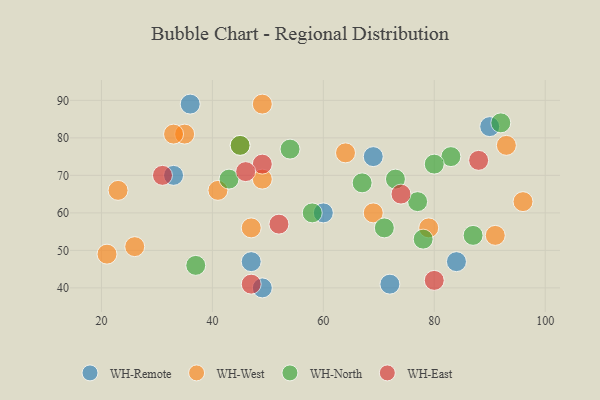
{"axis": {"x": "GDP", "y": "Life Expectancy"}, "legend": ["WH-East", "WH-North", "WH-Remote", "WH-West"], "data": [{"x": "69", "y": 75, "type": "WH-Remote"}, {"x": "36", "y": 89, "type": "WH-Remote"}, {"x": "33", "y": 70, "type": "WH-Remote"}, {"x": "90", "y": 83, "type": "WH-Remote"}, {"x": "60", "y": 60, "type": "WH-Remote"}, {"x": "72", "y": 41, "type": "WH-Remote"}, {"x": "49", "y": 40, "type": "WH-Remote"}, {"x": "47", "y": 47, "type": "WH-Remote"}, {"x": "84", "y": 47, "type": "WH-Remote"}, {"x": "96", "y": 63, "type": "WH-West"}, {"x": "35", "y": 81, "type": "WH-West"}, {"x": "47", "y": 56, "type": "WH-West"}, {"x": "49", "y": 69, "type": "WH-West"}, {"x": "23", "y": 66, "type": "WH-West"}, {"x": "69", "y": 60, "type": "WH-West"}, {"x": "64", "y": 76, "type": "WH-West"}, {"x": "21", "y": 49, "type": "WH-West"}, {"x": "33", "y": 81, "type": "WH-West"}, {"x": "93", "y": 78, "type": "WH-West"}, {"x": "49", "y": 89, "type": "WH-West"}, {"x": "91", "y": 54, "type": "WH-West"}, {"x": "26", "y": 51, "type": "WH-West"}, {"x": "41", "y": 66, "type": "WH-West"}, {"x": "45", "y": 78, "type": "WH-West"}, {"x": "79", "y": 56, "type": "WH-West"}, {"x": "73", "y": 69, "type": "WH-North"}, {"x": "54", "y": 77, "type": "WH-North"}, {"x": "37", "y": 46, "type": "WH-North"}, {"x": "45", "y": 78, "type": "WH-North"}, {"x": "78", "y": 53, "type": "WH-North"}, {"x": "77", "y": 63, "type": "WH-North"}, {"x": "71", "y": 56, "type": "WH-North"}, {"x": "83", "y": 75, "type": "WH-North"}, {"x": "58", "y": 60, "type": "WH-North"}, {"x": "87", "y": 54, "type": "WH-North"}, {"x": "92", "y": 84, "type": "WH-North"}, {"x": "43", "y": 69, "type": "WH-North"}, {"x": "67", "y": 68, "type": "WH-North"}, {"x": "80", "y": 73, "type": "WH-North"}, {"x": "88", "y": 74, "type": "WH-East"}, {"x": "52", "y": 57, "type": "WH-East"}, {"x": "49", "y": 73, "type": "WH-East"}, {"x": "80", "y": 42, "type": "WH-East"}, {"x": "46", "y": 71, "type": "WH-East"}, {"x": "31", "y": 70, "type": "WH-East"}, {"x": "74", "y": 65, "type": "WH-East"}, {"x": "47", "y": 41, "type": "WH-East"}]}